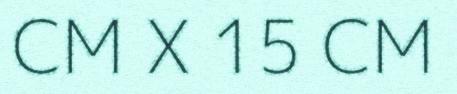
CM X 15 CM